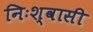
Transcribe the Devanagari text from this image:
निःश्वासी